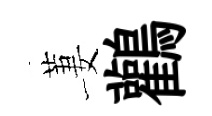
萋鸛